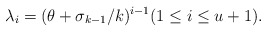
\begin{align*}\lambda_i=(\theta +\sigma_{k-1}/k)^{i-1}(1\le i\le u+1).\end{align*}